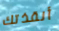
أنقذتك